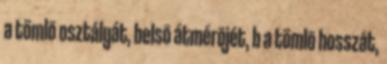
a tömlõ osztályát, belsõ átmérõjét, b a tömlõ hosszát,